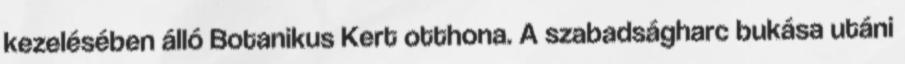
kezelésében álló Botanikus Kert otthona. A szabadságharc bukása utáni